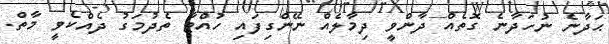
ޙަދާނެ ނުހަދާނެ ގޮތެއް ދާންވީ ދިމާލެއް ނޭންގިފައި ހުއްޓާ ތެދުމަގު ދެއްކެވީ މާތް.